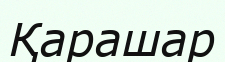
Қарашар